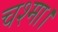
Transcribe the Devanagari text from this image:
चश्मा।